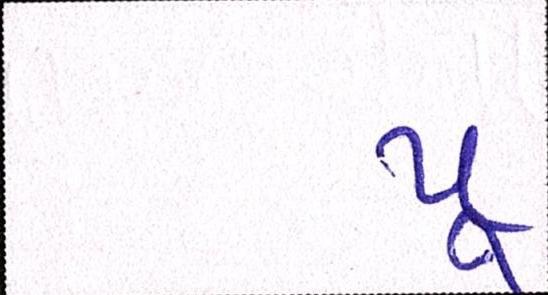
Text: પૂ